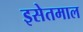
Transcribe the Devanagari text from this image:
इसेतमाल